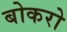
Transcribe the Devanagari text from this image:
बोकरो